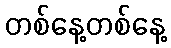
တစ်နေ့တစ်နေ့